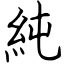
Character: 純